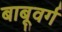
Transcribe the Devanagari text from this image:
बाबूवर्ग